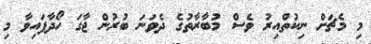
މި މެޗަށް ނިކުތްއިރު ވެސް މުބާރާތުގެ ދެވަނަ ބުރުން ޖާގަ ހޯދާފައިވާ މި